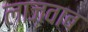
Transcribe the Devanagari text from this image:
लाज़वाब